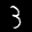
Label: 3